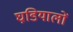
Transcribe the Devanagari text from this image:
घडि़यालों